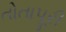
તોતાપૂરી